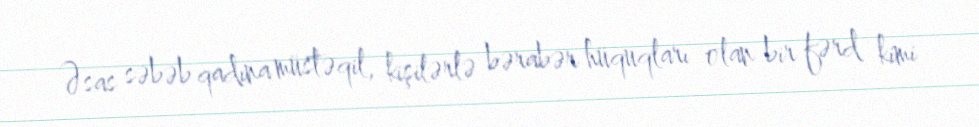
Əsas səbəb qadına müstəqil, kişilərlə bərabər hüquqları olan bir fərd kimi